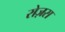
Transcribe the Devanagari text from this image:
रोज़स